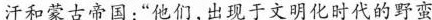
汗和蒙古帝国：“他们，出现于文明化时代的野蛮